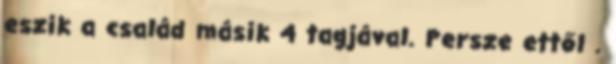
eszik a család másik 4 tagjával. Persze ettől .